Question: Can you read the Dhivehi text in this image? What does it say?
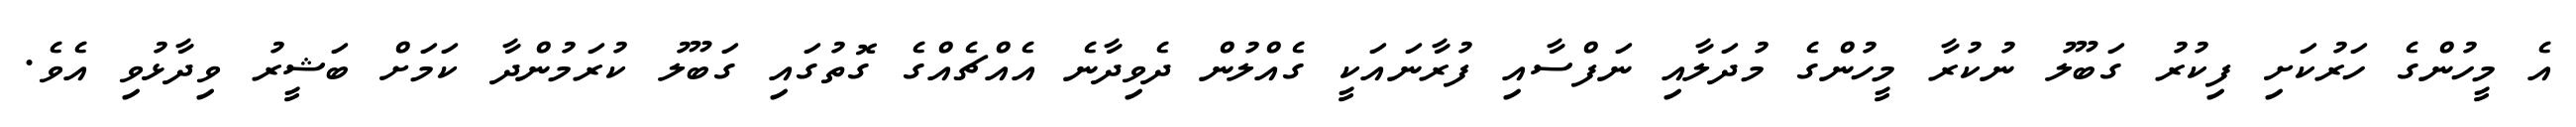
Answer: އެ މީހުންގެ ހަރުކަށި ފިކުރު ގަބޫލު ނުކުރާ މީހުންގެ މުދަލާއި ނަފްސާއި ފުރާނައަކީ ގެއްލުން ދެވިދާނެ އެއްޗެއްގެ ގޮތުގައި ގަބޫލު ކުރަމުންދާ ކަމަށް ބަޝީރު ވިދާޅުވި އެވެ.